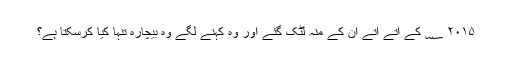
۲۰۱۵ ؁ کے آتے آتے ان کے منہ لٹک گئے اور وہ کہنے لگے وہ بیچارہ تنہا کیا کرسکتا ہے؟